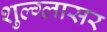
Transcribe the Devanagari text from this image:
शुल्‍ग्‍लासर